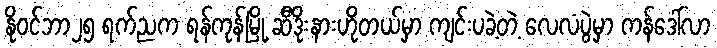
နိုဝင်ဘာ၂၅ ရက်ညက ရန်ကုန်မြို့ ဆီဒိုးနားဟိုတယ်မှာ ကျင်းပခဲ့တဲ့ လေလံပွဲမှာ ကန်ဒေါ်လာ